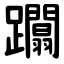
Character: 躢